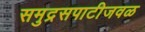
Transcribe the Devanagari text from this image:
समुद्रसपाटीजवळ